Indian Civil Veterinary Department memoirs
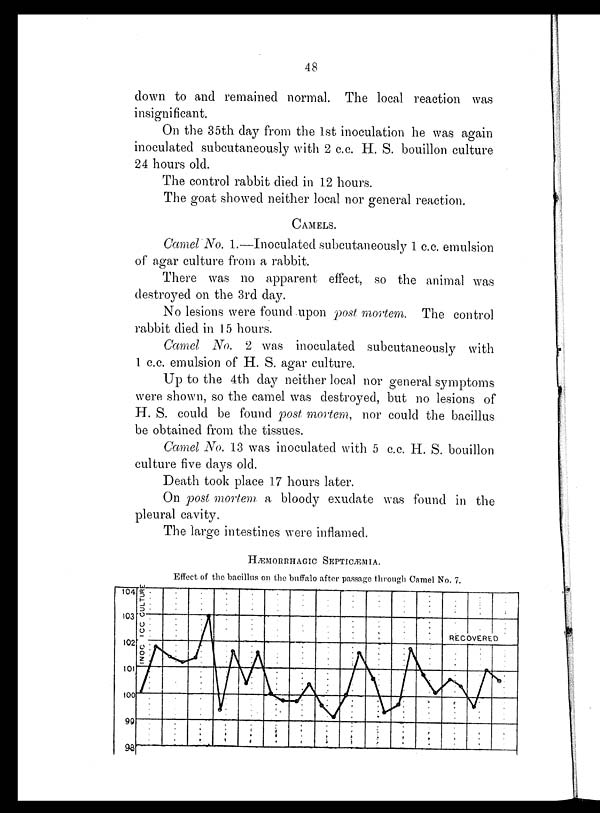
48
down to and remained normal. The local reaction was
insignificant.
On the 35th day from the 1st inoculation he was again
inoculated subcutaneously with 2 c.c. H. S. bouillon culture
24 hours old.
The control rabbit died in 12 hours.
The goat showed neither local nor general reaction.
CAMELS.
Camel No. 1.—Inoculated subcutaneously 1 c.c. emulsion
of agar culture from a rabbit.
There was no apparent effect, so the animal was
destroyed on the 3rd day.
No lesions were found upon post mortem. The control
rabbit died in 15 hours.
Camel No. 2 was inoculated subcutaneously with
1 c.c. emulsion of H. S. agar culture.
Up to the 4th day neither local nor general symptoms
were shown, so the camel was destroyed, but no lesions of
H. S. could be found post mortem, nor could the bacillus
be obtained from the tissues.
Camel No. 13 was inoculated with 5 c.c. H. S. bouillon
culture five days old.
Death took place 17 hours later.
On post mortem a bloody exudate was found in the
pleural cavity.
The large intestines were inflamed.
HÆMORRHAGIC
SEPTICÆMIA.